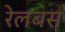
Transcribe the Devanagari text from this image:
रेलबस